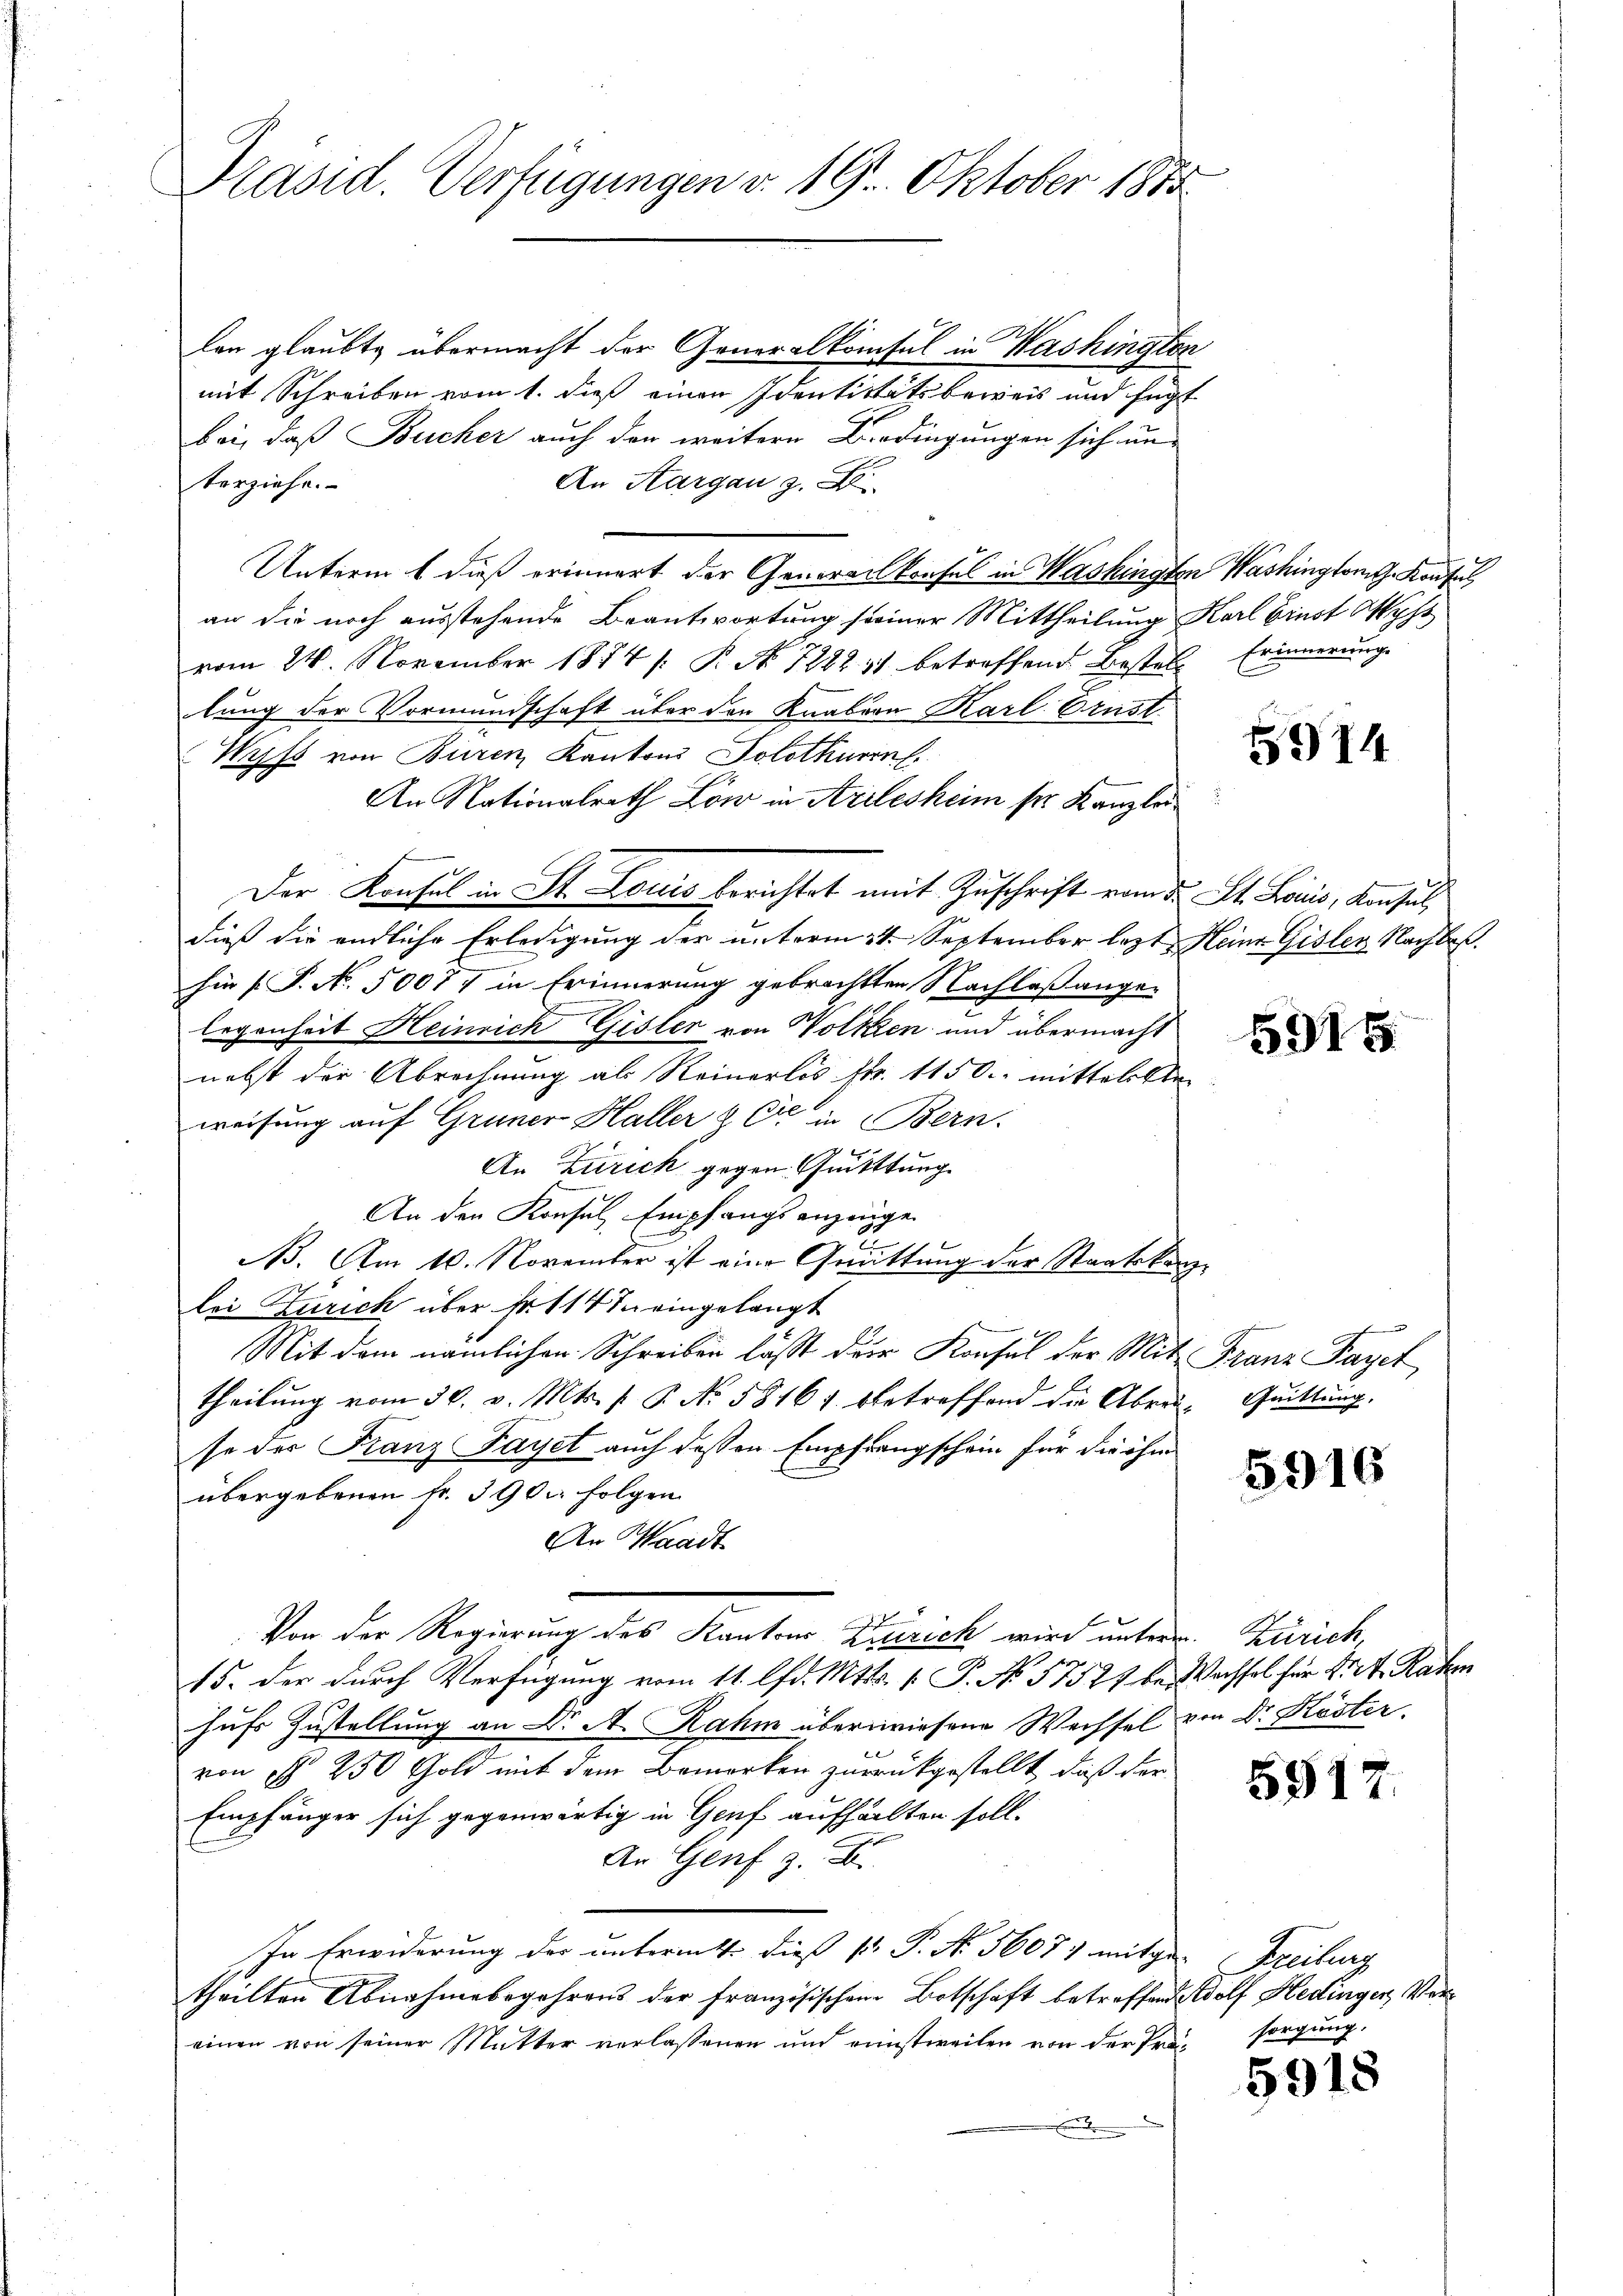
Präsid. Verfügungen v. 19. Oktober 1882

lan glaubte übermacht der Generalkonsul in Washingten
mit Schreiben vom 1. dieß einen Identitätsbeweis und fügt
bei, daß Bucher auch den weitere Verdingungen sich unterziehe.
An Aargau g.
Unterm 6 dieß erinnert der Generalkonfel in Washingten Washingtor. Konsul
an die noch ausstehende Beantwortung seiner Mittheilung Karl Brust Wys
vom 24. November 1874 /: P. No 128231 betreffend Bestelle Erinnerunge
lung der Vormundschaft über den Knabeon Karl Brust.
Wyss von Bieren Kantons Solothurn
An Nationalrath Löw in Arlesheim ser Kanzlei
Der Konsul in St. Louis berichtet mit Zuschrift vom 5. St. Lauis, Konsul
dieß die endliche Erledigung der unterm 21. September lezt Heine Gisler Nachbas.
hin (S. No. 50077 in Erinnerung gebrachten Nachlaß angelegenheit Heinrich Gisler von Wolken und übermacht
nebst der Abrechnung als Reinerlis Fr. 1150. mittelalten
weisung auf Gruner Haller & Cie in Bern.
An Zürich gegen Quittung
An den Konsul, Empfangsanzeige
2.
N. Am 10. November ist eine Grüttung der Staatskanz
lei Zürich über Fr. 114 in eingelangt
Mit dem nämlichen Schreiben lässt der Konsul der Mit Franz Payet
theilŭng vom 30. v. Mts. f. P. No. 58161. betreffend die Abrei Quittung.
se der Franz Fayet auch dessen Empfangschein für die ihm
übergebenen Fr. 390 folgen
An Waadt
Von der Regierung des Kantons Zürich wird untern Zürich,
15. der durch Verfügung vom 11. lfd. Mtts. 1. P. No 57524 be. Wachsel für K. A. Rahm
hufs Zustellung an Dr A. Rahm überwiesene Wechsel von Dr. Köster,
von § 250 Gold mit dem Bemerken zurückgestellt, daß der
Empfänger sich gegenwärtig in Genf aufhalten soll.
An Genf z. B.
In Erwiderung der unterm 4. dieß sr. P. Nr. 56071 mitge Freiburg
theilten Abnahmebegehrens der französischen Botschaft betreffende Wolf Hedinger, Vereinen von seiner Mutter verlassenen und einstweilen von der Prä¬

5914

5915

5916

5917.

sorgung.

5918